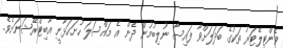
ވެންޓިލޭޓަރު ތަކުގެ ބަދަލަށްވާ ފައިސާ ނުލިބުމުން ދެން އެ މައްސަލަ ހުށަހަޅާނީ އާބިޓްރޭޝަނަށެވެ.